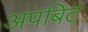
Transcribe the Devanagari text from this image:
अपबिट